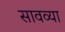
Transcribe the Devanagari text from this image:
सावव्या